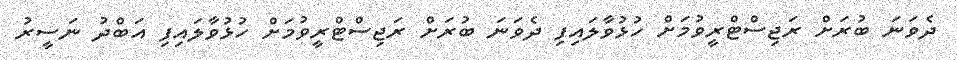
ދެވަނަ ބުރަށް ރަޖިސްޓްރީވުމަށް ހުޅުވާލައިފި ދެވަނަ ބުރަށް ރަޖިސްޓްރީވުމަށް ހުޅުވާލައިފި އަބްދު ނަސީރު